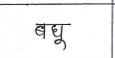
मजकूर: बघू